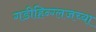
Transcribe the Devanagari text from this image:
गडीहिन्ग्लजच्या